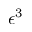
\epsilon ^ { 3 }